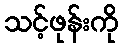
သင့်ဖုန်းကို